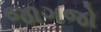
જાગજો